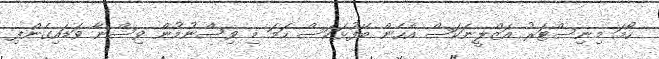
ހޯމަ މިނިސްޓަރު އަޒްލީނަކަސް އެހެން ބޭފުޅަކަސް ހަމަ މި ވިސްނުމުން ވިސްނާ ވަޑައިގެންފި